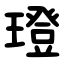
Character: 璒